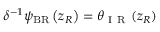
\delta ^ { - 1 } \psi _ { \mathrm { { B R } } } \left( z _ { R } \right) = \theta _ { \mathrm { ~ I ~ R ~ } } ( z _ { R } )